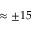
\approx \pm 1 5